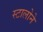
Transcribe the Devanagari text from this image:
स्टालोने